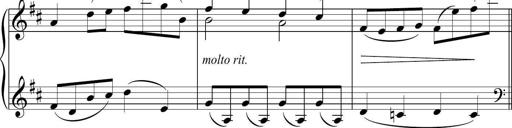
Title: Sonatina del HuÃ©car
Composer: JosÃ© Miguel Moreno Sabio